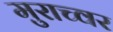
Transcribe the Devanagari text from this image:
मुराच्वर